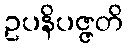
ဥပနိပဇ္ဇတိ